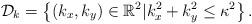
LaTeX: \begin{align*}\mathcal{D}_{k}=\left\{ (k_x,k_y)\in \mathbb{R}^{2} | k_x^2+k_y^2\le \kappa^2 \right\}.\end{align*}